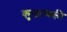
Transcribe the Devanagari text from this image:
कुजाव्स्की